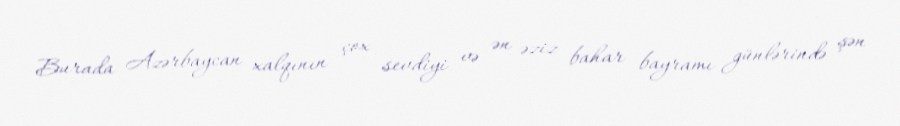
Burada Azərbaycan xalqının çox sevdiyi və ən əziz bahar bayramı günlərində şən